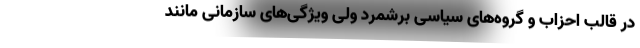
در قالب احزاب و گروه‌های سیاسی برشمرد ولی ویژگی‌های سازمانی مانند